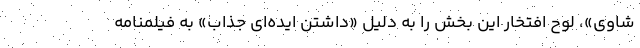
شاوی»، لوح افتخار این بخش را به دلیل «داشتن ایده‌ای جذاب» به فیلمنامه